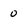
Character: 0